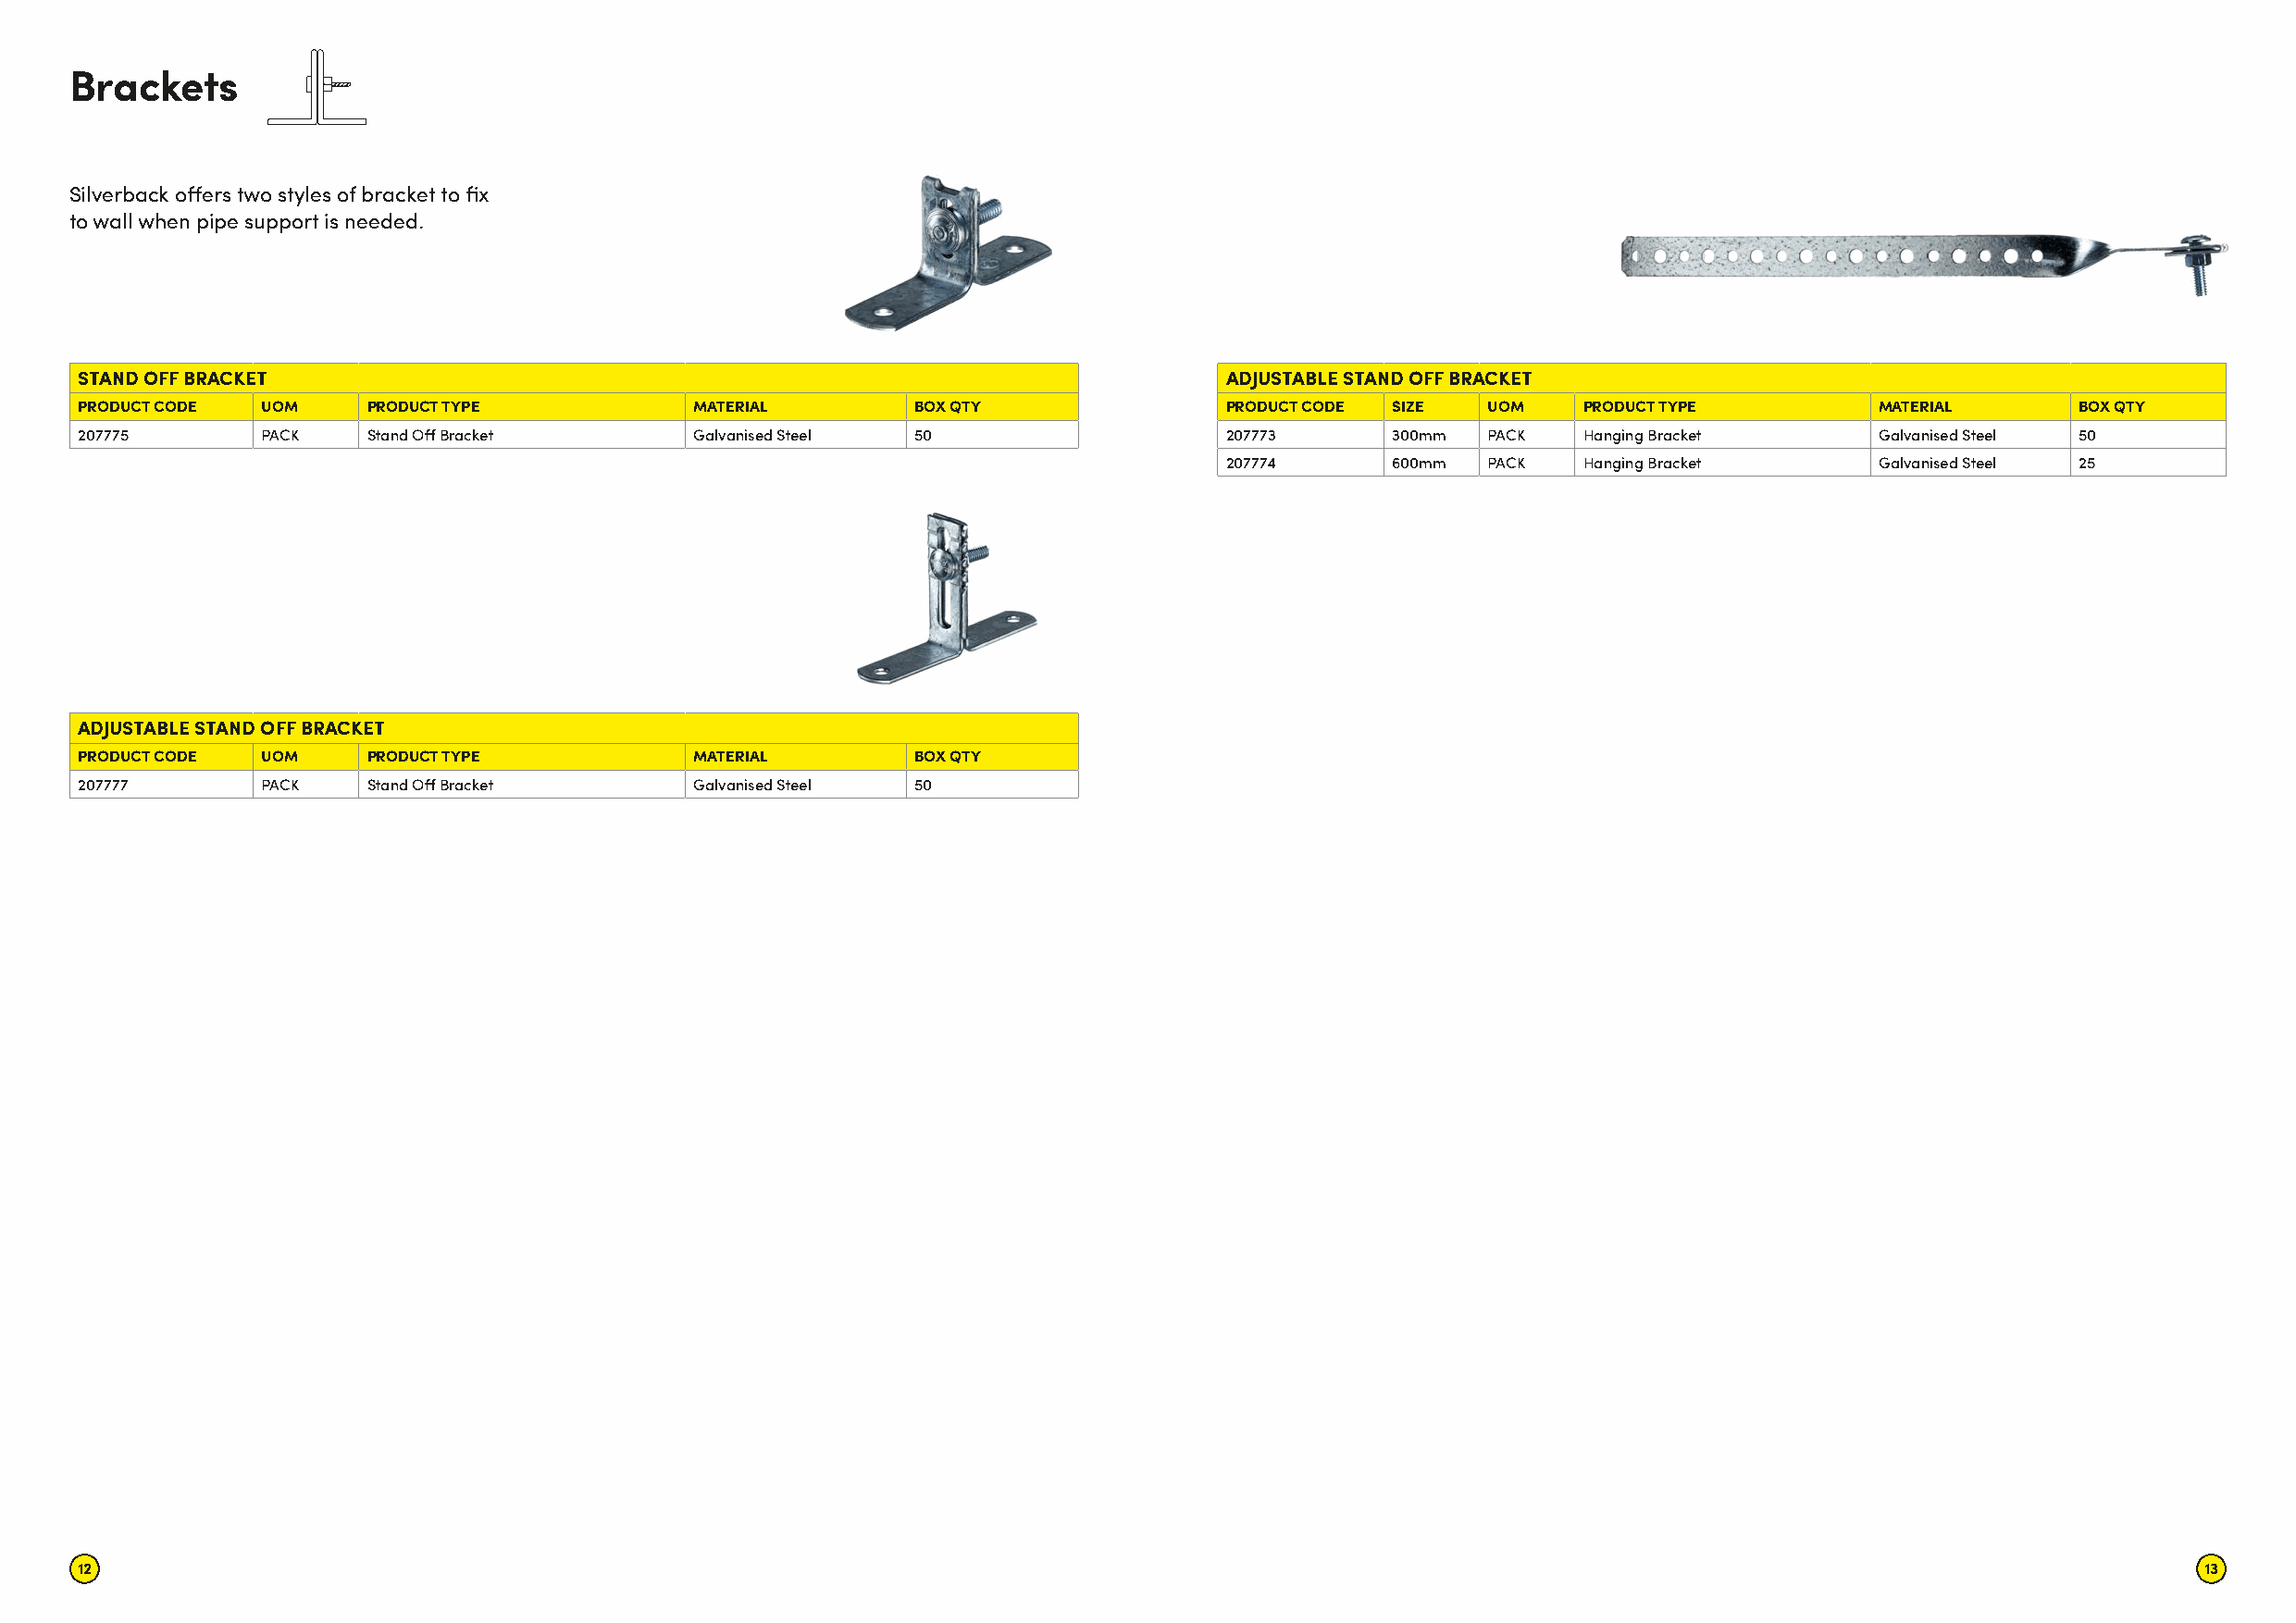
Brackets
 Silverback offers two styles of bracket to fix
 to wall when pipe support is needed�
 STAND OFF BRACKET                                                                 ADJUSTABLE STAND OFF BRACKET
 PRODUCT CODE UOM    PRODUCT TYPE            MATERIAL       BOX QTY                PRODUCT CODE SIZE UOM    PRODUCT TYPE         MATERIAL       BOX QTY
 207775       PACK   Stand Off Bracket       Galvanised Steel 50                   207773      300mm PACK   Hanging Bracket      Galvanised Steel 50
 207774      600mm PACK   Hanging Bracket      Galvanised Steel 25
 ADJUSTABLE STAND OFF BRACKET
 PRODUCT CODE UOM    PRODUCT TYPE            MATERIAL       BOX QTY
 207777       PACK   Stand Off Bracket       Galvanised Steel 50
 12                                                                                                                                                      13